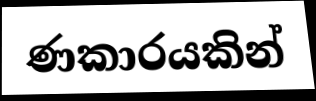
ණකාරයකින්